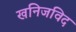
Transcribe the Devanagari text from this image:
खनिजविद